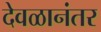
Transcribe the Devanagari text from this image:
देवळानंतर